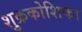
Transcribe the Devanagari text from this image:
शुक्रकोशिका